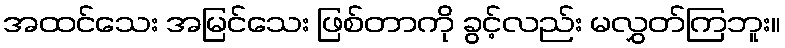
အထင်သေး အမြင်သေး ဖြစ်တာကို ခွင့်လည်း မလွှတ်ကြဘူး။